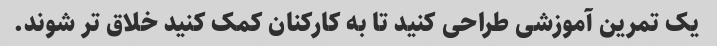
یک تمرین آموزشی طراحی کنید تا به کارکنان کمک کنید خلاق تر شوند.